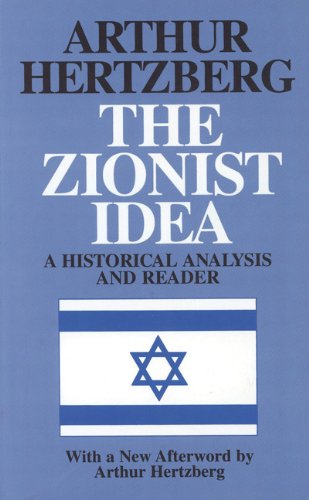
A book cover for The Zionist Idea: A Historical Analysis and Reader; Religion & Spirituality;